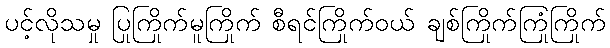
ပင့်လိုသမှု ပြုကြိုက်မူကြိုက် စီရင်ကြိုက်ဝယ် ချစ်ကြိုက်ကြုံကြိုက်